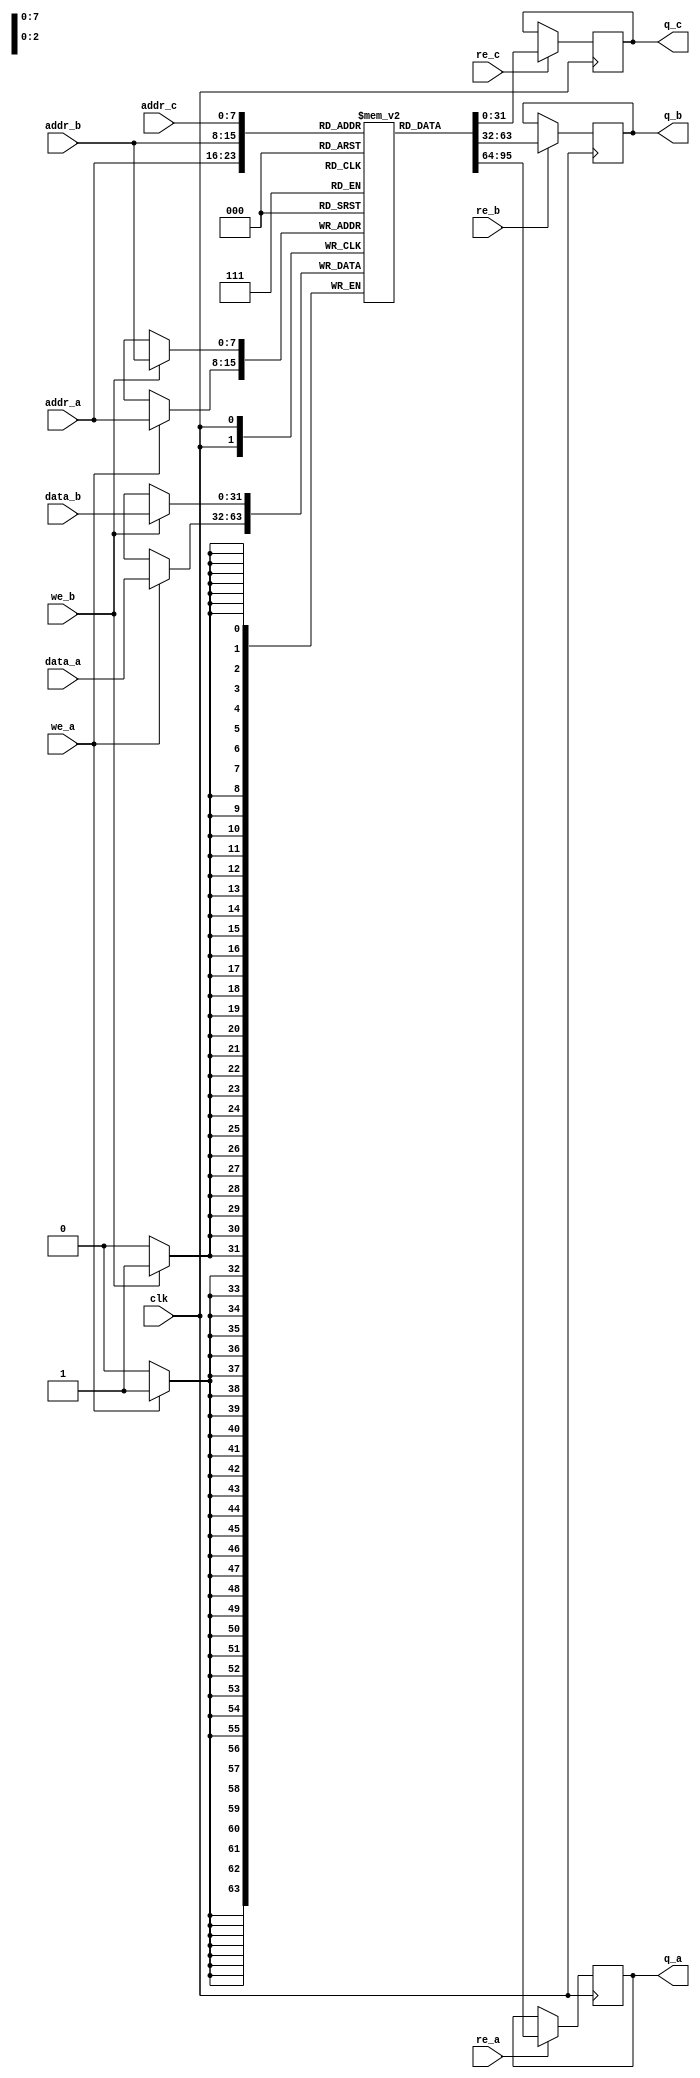
module triple_port_ram #(
    parameter DATA_WIDTH = 32, // Width of each memory word
    parameter ADDR_WIDTH = 8    // Number of address bits
)(
    input wire clk,              // Clock signal
    // Port A
    input wire [ADDR_WIDTH-1:0] addr_a, // Address for Port A
    input wire [DATA_WIDTH-1:0] data_a, // Data input for Port A
    input wire we_a,             // Write enable for Port A
    input wire re_a,             // Read enable for Port A
    output reg [DATA_WIDTH-1:0] q_a, // Data output for Port A

    // Port B
    input wire [ADDR_WIDTH-1:0] addr_b, // Address for Port B
    input wire [DATA_WIDTH-1:0] data_b, // Data input for Port B
    input wire we_b,             // Write enable for Port B
    input wire re_b,             // Read enable for Port B
    output reg [DATA_WIDTH-1:0] q_b, // Data output for Port B

    // Port C
    input wire [ADDR_WIDTH-1:0] addr_c, // Address for Port C
    input wire re_c,             // Read enable for Port C
    output reg [DATA_WIDTH-1:0] q_c  // Data output for Port C
);

    // Memory array
    reg [DATA_WIDTH-1:0] mem [(2**ADDR_WIDTH)-1:0];

    // Read/Write Logic for Port A
    always @(posedge clk) begin
        if (we_a) begin
            mem[addr_a] <= data_a; // Write data to memory
        end
        if (re_a) begin
            q_a <= mem[addr_a]; // Read data from memory
        end
    end

    // Read/Write Logic for Port B
    always @(posedge clk) begin
        if (we_b) begin
            mem[addr_b] <= data_b; // Write data to memory
        end
        if (re_b) begin
            q_b <= mem[addr_b]; // Read data from memory
        end
    end

    // Read Logic for Port C
    always @(posedge clk) begin
        if (re_c) begin
            q_c <= mem[addr_c]; // Read data from memory
        end
    end

    // Optional: Initialization logic can be added here if needed

endmodule